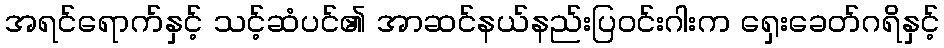
အရင်ရောက်နှင့် သင့်ဆံပင်၏ အာဆင်နယ်နည်းပြဝင်းဂါးက ရှေးခေတ်ဂရိနှင့်